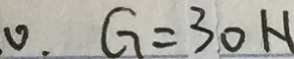
0 . G = 3 0 H